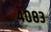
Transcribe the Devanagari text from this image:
४०८३